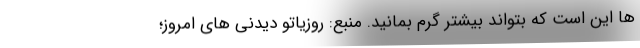
ها این است که بتواند بیشتر گرم بمانید. منبع: روزیاتو دیدنی های امروز؛